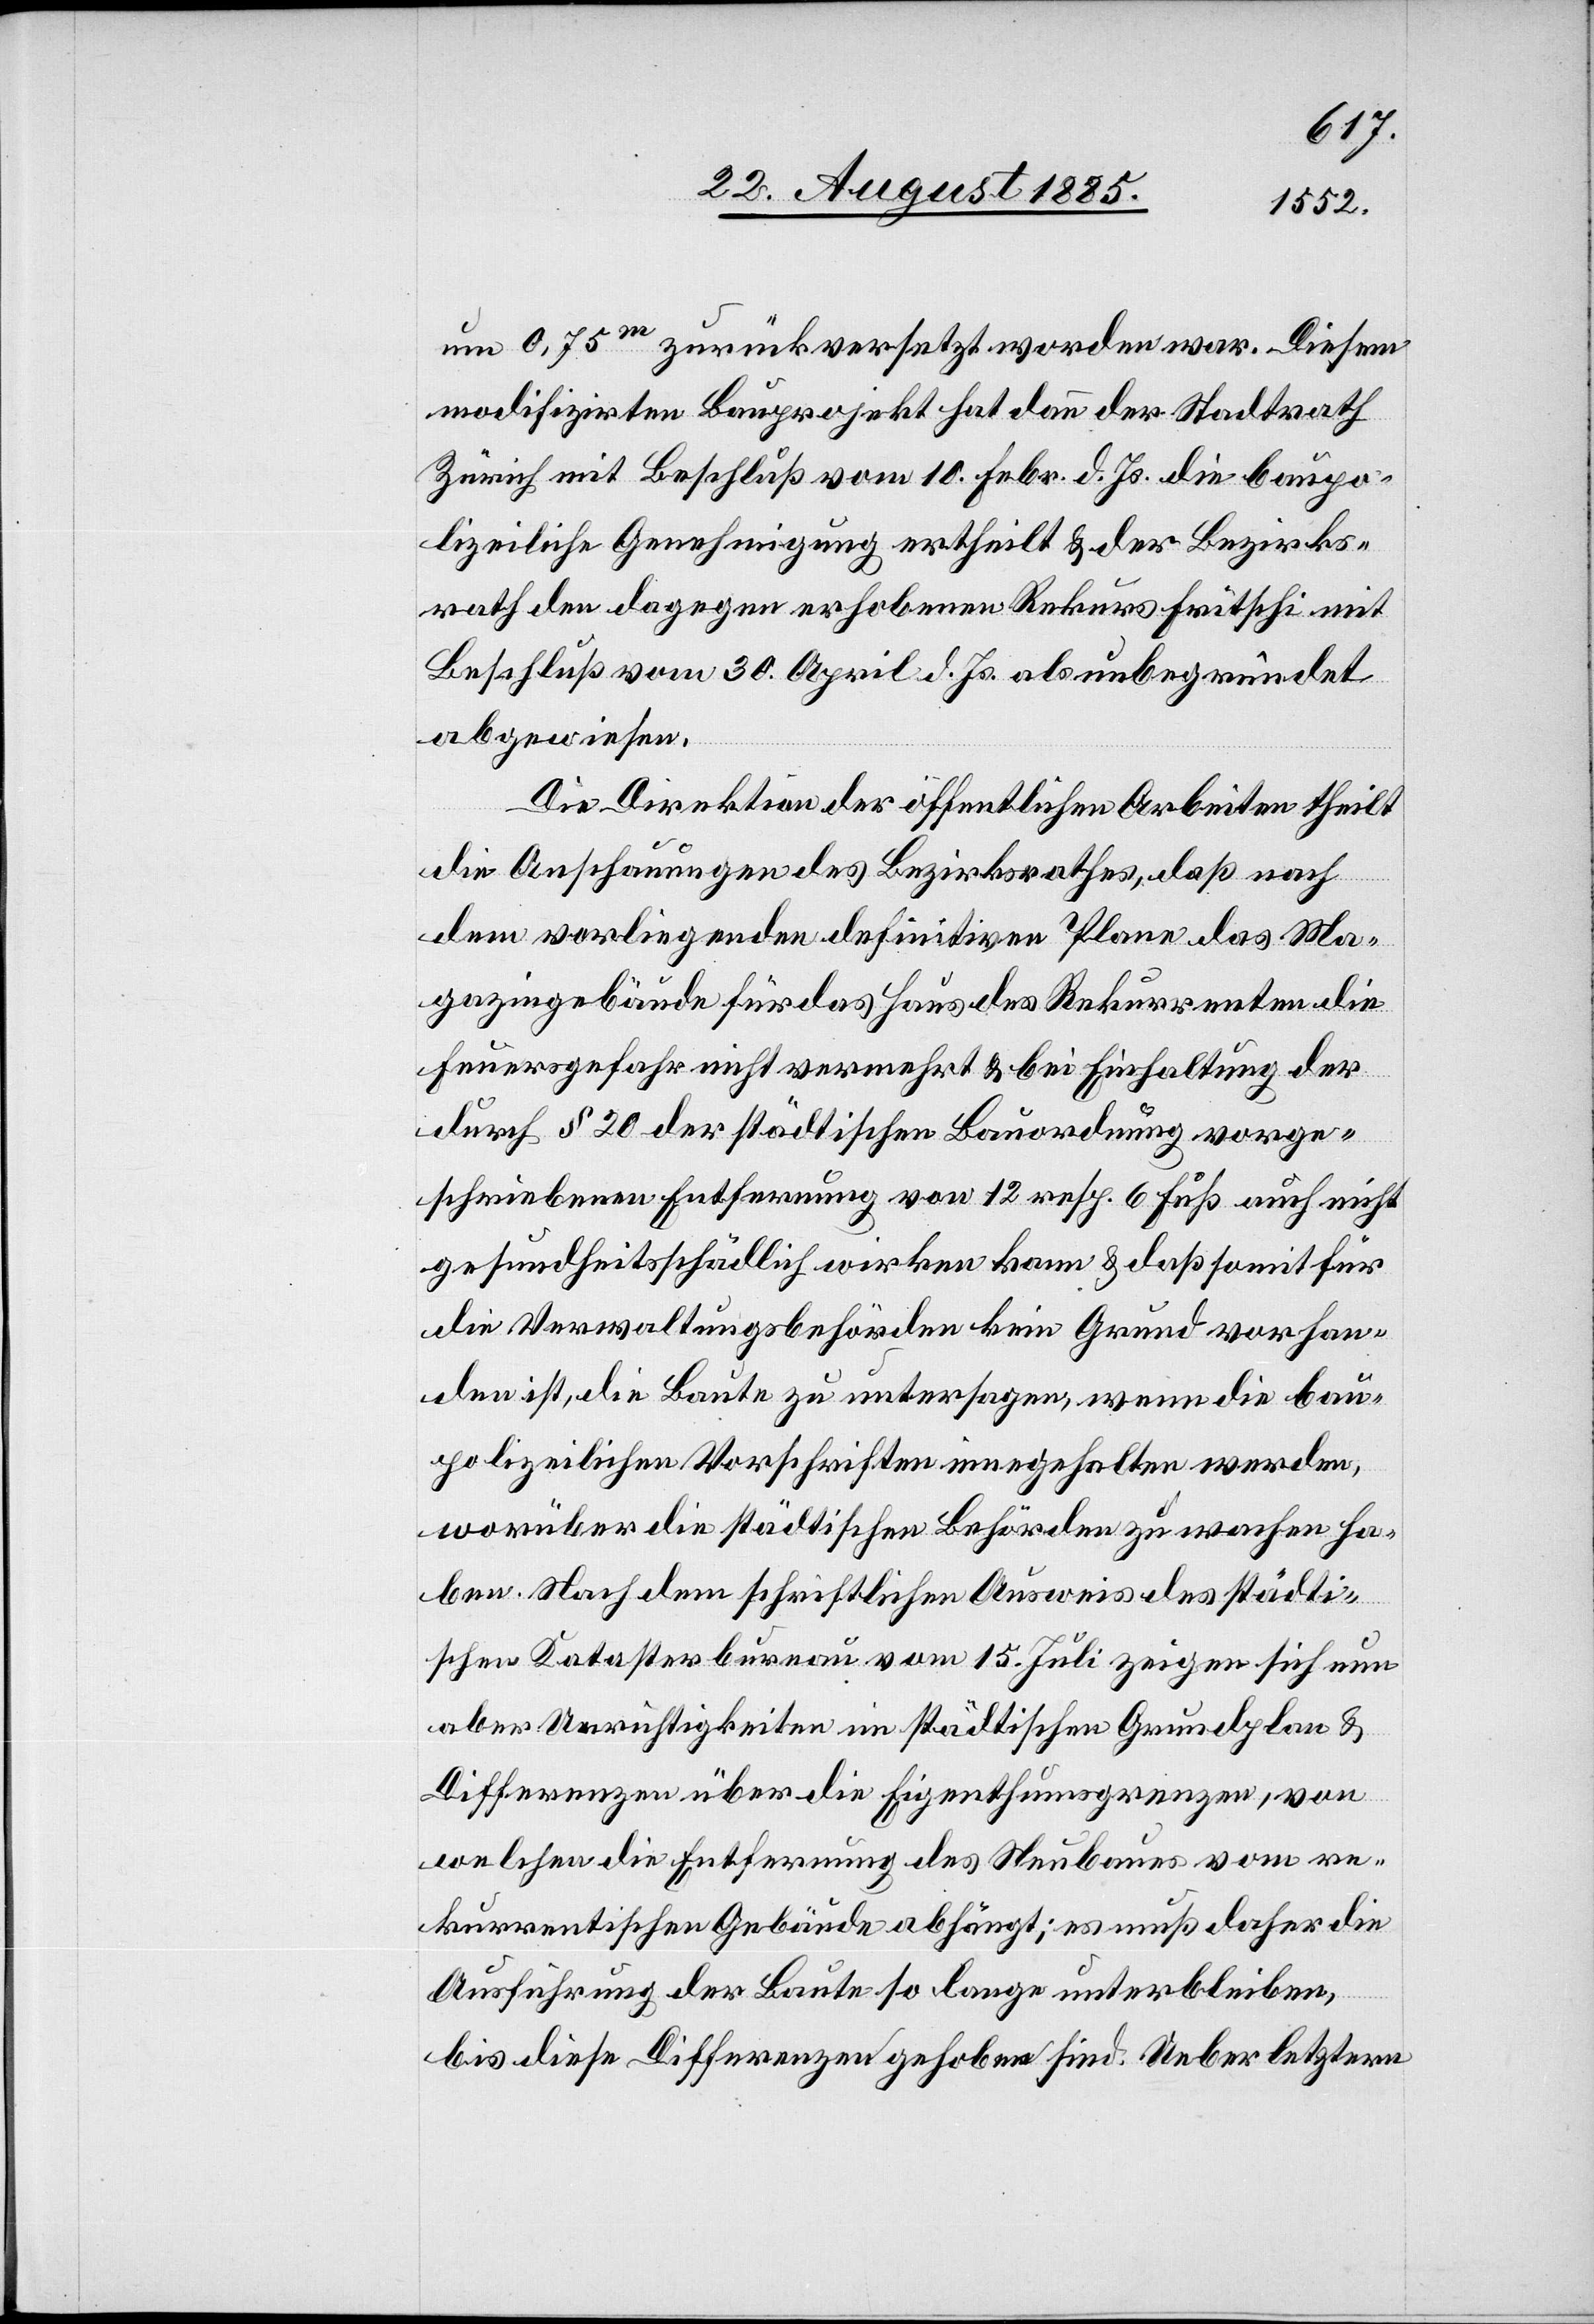
um 0,75m zurückversetzt worden war. Diesem
modifizirten Bauprojekt hat dann der Stadtrath
Zürich mit Beschluß vom 10. Febr. d. Js. die baupo¬
lizeiliche Genehmigung ertheilt & der Bezirks¬
rath den dagegen erhobenen Rekurs Fritschi mit
Beschluß vom 30. April d. Js. als unbegründet
abgewiesen.
Die Direktion der öffentlichen Arbeiten theilt
die Anschauungen des Bezirksrathes, daß nach
dem vorliegenden definitiven Plane das Ma¬
gazingebäude für das Haus des Rekurrenten die
Feuergefahr nicht vermehrt & bei Einhaltung der
durch § 20 der städtischen Bauordnung vorge¬
schriebenen Entfernung von 12 resp. 6 Fuß auch nicht
gesundheitsschädlich wirken kann & daß somit für
die Verwaltungsbehörden kein Grund vorhan¬
den ist, die Baute zu untersagen, wenn die bau¬
polizeilichen Vorschriften innegehalten werden,
worüber die städtischen Behörden zu wachen ha¬
ben. Nach dem schriftlichen Ausweis des städti¬
schen Katasterbureau vom 15. Juli zeigen sich nun
aber Unrichtigkeiten im städtischen Grundplan &
Differenzen über die Eigenthumsgrenzen, von
welchen die Entfernung des Neubaues vom re¬
kurrentischen Gebäude abhängt; es muß daher die
Ausführung der Baute so lange unterbleiben,
bis diese Differenzen gehoben sind. Ueber letztere